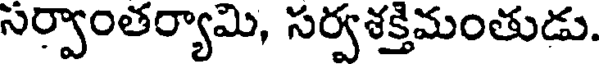
సర్వాంతర్యామి, సర్వశక్తిమంతుడు.